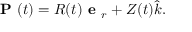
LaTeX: { \textbf { P } } ( t ) = R ( t ) { \textbf { e } } _ { r } + Z ( t ) { \hat { k } } .